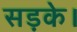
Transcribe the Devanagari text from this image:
सड़के।